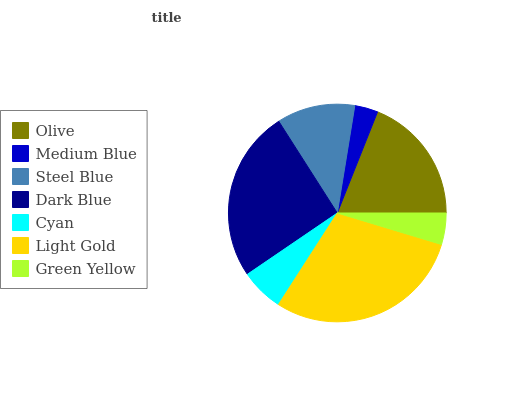
| Olive | Medium Blue | Steel Blue | Dark Blue | Cyan | Light Gold | Green Yellow |
 | --- | --- | --- | --- | --- | --- | --- |
 | 18.9% | 3.45% | 11.6% | 25.5% | 6.38% | 29.5% | 4.66% |